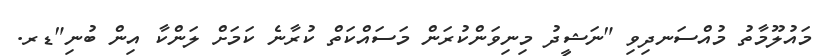
މައުލޫމާތު މުއްސަނދިވި "ނަޝީދު މިނިވަންކުރަން މަސައްކަތް ކުރާނެ ކަމަށް ލަންކާ އިން ބުނި"ޑރ.